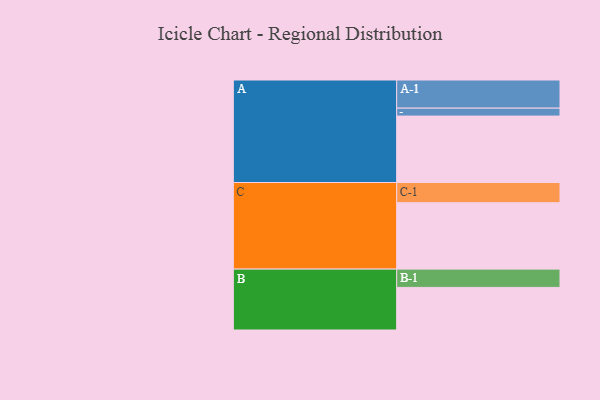
{"axis": {"x": "Segment", "y": "Value"}, "legend": ["", "A", "B", "C"], "data": [{"x": "A", "y": 552, "type": ""}, {"x": "B", "y": 354, "type": ""}, {"x": "C", "y": 552, "type": ""}, {"x": "A-1", "y": 234, "type": "A"}, {"x": "A-2", "y": 66, "type": "A"}, {"x": "B-1", "y": 152, "type": "B"}, {"x": "C-1", "y": 168, "type": "C"}]}